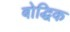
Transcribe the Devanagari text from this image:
बोद्धिक